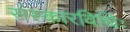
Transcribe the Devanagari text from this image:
संस्कारविधिः